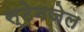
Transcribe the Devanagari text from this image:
स्टेनजेल